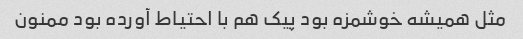
مثل همیشه خوشمزه بود پیک هم با احتیاط آورده بود ممنون